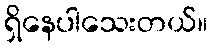
ရှိနေပါသေးတယ်။